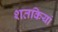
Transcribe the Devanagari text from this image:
शतकियां